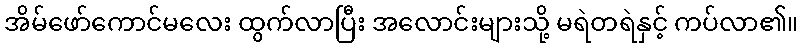
အိမ်ဖော်ကောင်မလေး ထွက်လာပြီး အလောင်းများသို့ မရဲတရဲနှင့် ကပ်လာ၏။